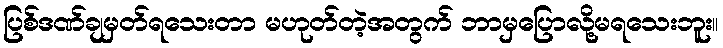
ပြစ်ဒဏ်ချမှတ်ရသေးတာ မဟုတ်တဲ့အတွက် ဘာမှပြောလို့မရသေးဘူး။